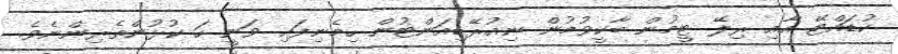
ކުޑައްޓޭ އާއި ރިލޭ ޓީމުން ބާކީވުމުން ނިއުރޭޑިއަންޓުން ހިމެނިފައި ވަނީ ހަ ކުޅުންތެރިންނެވެ.